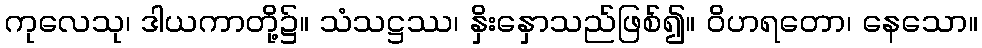
ကုလေသု၊ ဒါယကာတို့၌။ သံသဋ္ဌဿ၊ နှိးနှောသည်ဖြစ်၍။ ဝိဟရတော၊ နေသော။